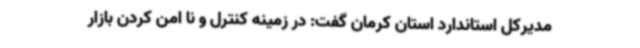
مدیرکل استاندارد استان کرمان گفت: در زمینه کنترل و نا امن کردن بازار